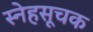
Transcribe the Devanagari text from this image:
स्नेहसूचक